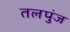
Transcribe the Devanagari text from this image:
तलपुंज